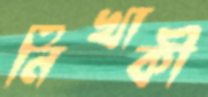
নিখাকী